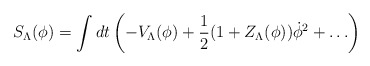
\begin{align*}S_{\Lambda}(\phi)=\int dt \left ( - V_{\Lambda}(\phi) + {1\over 2}(1+Z_{\Lambda}(\phi ))\dot\phi^2 + \ldots \right)\end{align*}